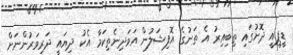
ޑީޕީއީ ދޮށުގައި ތިބިއިރު އެ ތަނުގެ އޮފިޝަލުން އަވަދިނެތިކަމާ އެކު ދިޔައީ ދަރިވަރުންނަށް